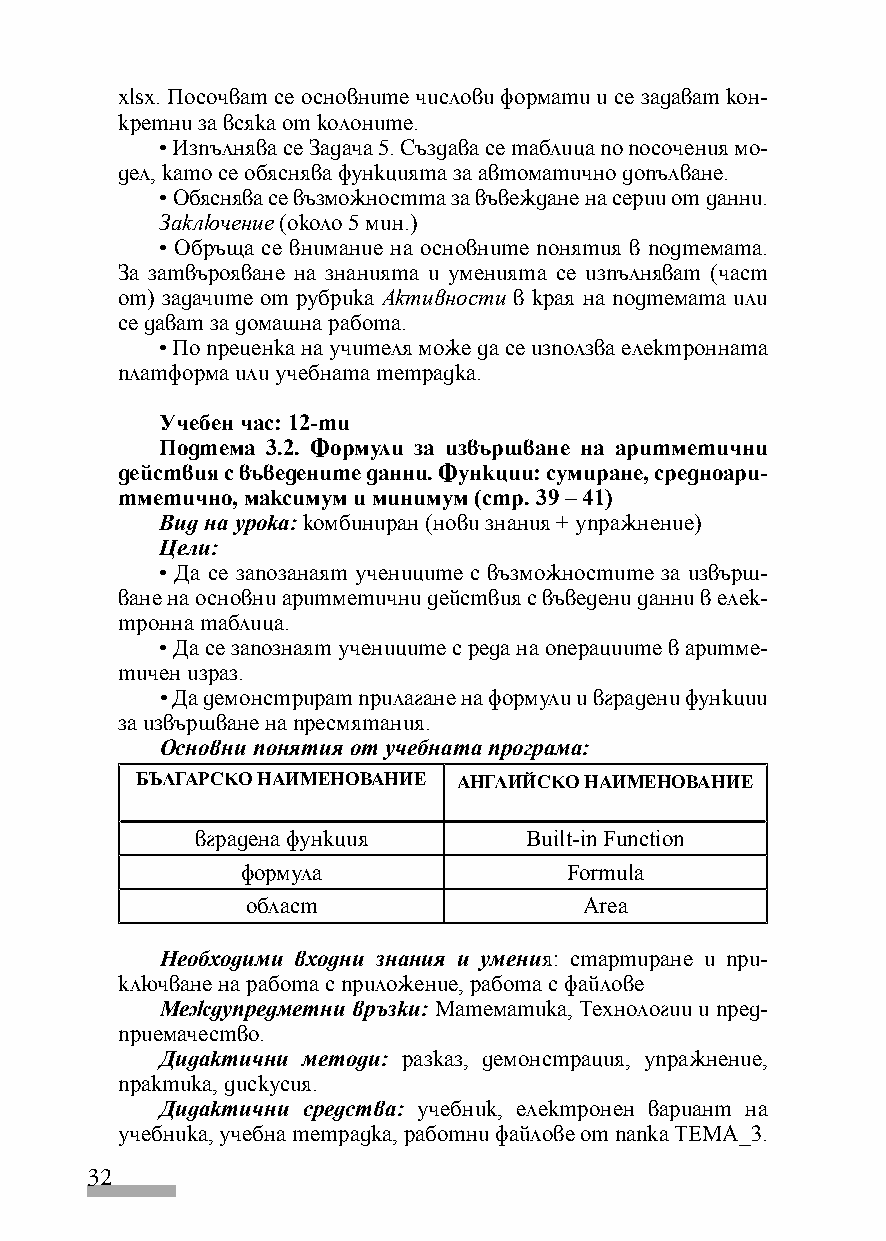
xlsx. Посочват се основните числови формати и се задават кон-
 кретни за всяка от колоните.
 • Изпълнява се Задача 5. Създава се таблица по посочения мо-
 дел, като се обяснява функцията за автоматично допълване.
 • Обяснява се възможността за въвеждане на серии от данни.
 Заключение (около 5 мин.)
 • Обръща се внимание на основните понятия в подтемата.
 За затвърoяване на знанията и уменията се изпълняват (част
 от) задачите от рубрика Активности в края на подтемата или
 се дават за домашна работа.
 • По преценка на учителя може да се използва електронната
 платформа или учебната тетрадка.
 Учебен час: 12-ти
 Подтема 3.2. Формули за извършване на аритметични
 действия с въведените данни. Функции: сумиране, средноари-
 тметично, максимум и минимум (стр. 39 – 41)
 Вид на урока: комбиниран (нови знания + упражнение)
 Цели:
 • Да се запозанаят учениците с възможностите за извърш-
 ване на основни аритметични действия с въведени данни в елек-
 тронна таблица.
 • Да се запознаят учениците с реда на операциите в аритме-
 тичен израз.
 • Да демонстрират прилагане на формули и вградени функции
 за извършване на пресмятания.
 Основни понятия от учебната програма:
 БЪЛГАРСКО НАИМЕНОВАНИЕ АНГЛИЙСКО НАИМЕНОВАНИЕ
 вградена функция      Built-in Function
 формула               Formula
 област                 Area
 Необходими входни знания и умения: стартиране и при-
 ключване на работа с приложение, работа с файлове
 Междупредметни връзки: Математика, Технологии и пред-
 приемачество.
 Дидактични методи: разказ, демонстрация, упражнение,
 практика, дискусия.
 Дидактични средства: учебник, електронен вариант на
 учебника, учебна тетрадка, работни файлове от папка ТЕМА_3.
 32